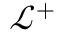
\mathcal { L } ^ { + }